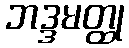
ဘဒ္ဒမတ္ထု